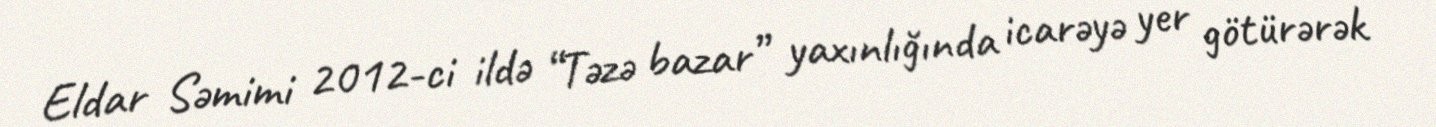
Eldar Səmimi 2012-ci ildə “Təzə bazar” yaxınlığında icarəyə yer götürərək